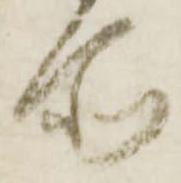
所